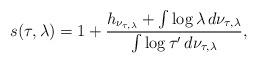
LaTeX: \begin{align*}s ( \tau, \lambda ) = 1 + \frac{h _{ \nu _{\tau, \lambda} } + \int \log \lambda \, d \nu _{\tau , \lambda} }{\int \log \tau ' \, d \nu _{\tau, \lambda}} ,\end{align*}